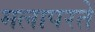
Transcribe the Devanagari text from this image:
मलापरते